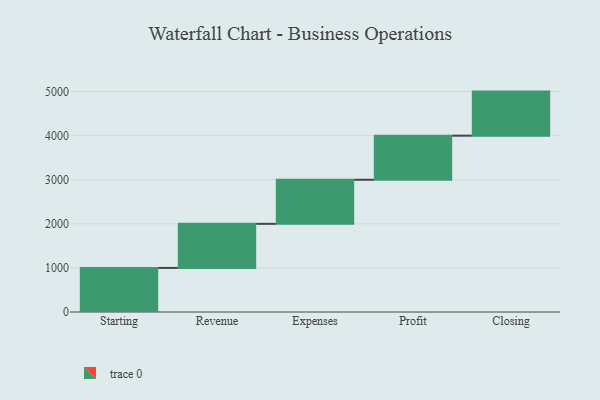
{"axis": {"x": "Step", "y": "Value"}, "legend": [""], "data": [{"x": "Starting", "y": 1000, "type": ""}, {"x": "Revenue", "y": 1000, "type": ""}, {"x": "Expenses", "y": 1000, "type": ""}, {"x": "Profit", "y": 1000, "type": ""}, {"x": "Closing", "y": 1000, "type": ""}]}